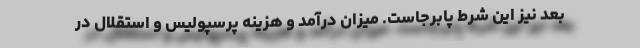
بعد نیز این شرط پابرجاست. میزان درآمد و هزینه پرسپولیس و استقلال در